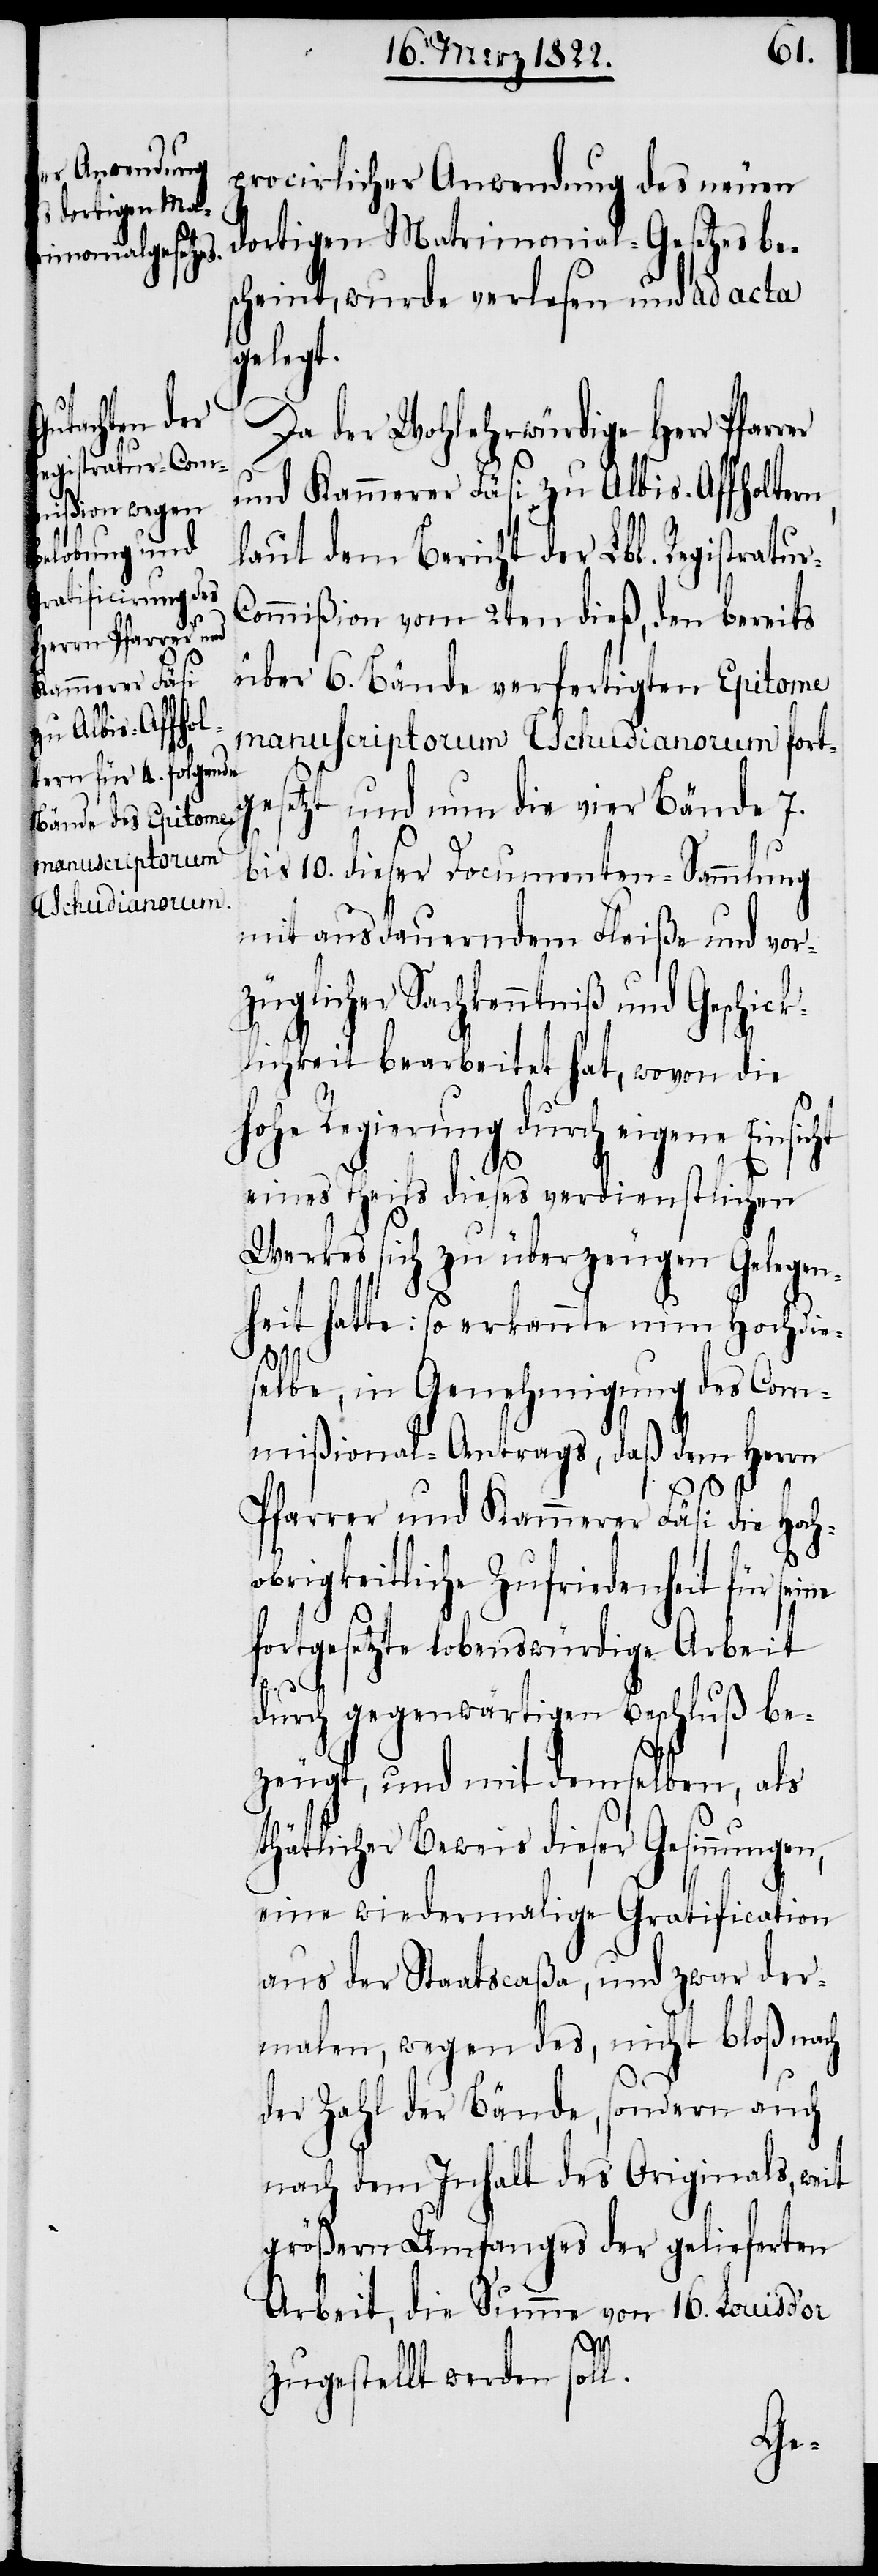
procirlicher Anwendung des neuen
dortigen Matrimonial-Gesetzes be¬
scheint, wurde verlesen und ad acta
gelegt.
Da der Wohlerwürdige Herr
und Kammerer Fäsi zu Albis-Affholtern,
laut dem Bericht der Lbl. Registratu¬
ommißion vom 2ten dieß, den bereits
über 6. Bände verfertigten Epitome
manuscriptorum Tschudianorum fort¬
gesetzt und nun die vier Bände 7.
10. dieser Documenten-Sammlung
mit ausdauerndem Fleiße und vor¬
züglicher Sachkenntniß und Geschick¬
lichkeit bearbeitet hat, wovon die
hohe Regierung durch eigene Einsi¬
ne
eines Theils dieses verdienstlichen
Werkes sich zu überzeugen Gelegen¬
heit hatte: so erkannte nun Hochdie¬
selbe, in Genehmigung des Com¬
mißional-Antrags, daß dem Herrn
Pfarrer und Kammerer Fäsi die Hoch¬
obrigkeitliche Zufriedenheit für sei¬
fortgesetzte lobenswürdige Arbeit
durch gegenwärtigen Beschluß be¬
zeugt, und mit demselben, als
thätlicher Beweis dieser Gesinnungen,
eine wiedermalige Gratification
aus der Staatscaßa, und zwar der¬
malen, wegen des, nicht bloß nach
der Zahl der Bände, sondern auch
nach dem Inhalt des Originals, weit
größern Umfanges der gelieferten
Arbeit, die Summe von 16. Louis d’or
zugestellt werden soll.
r-C¬